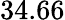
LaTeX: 34.66